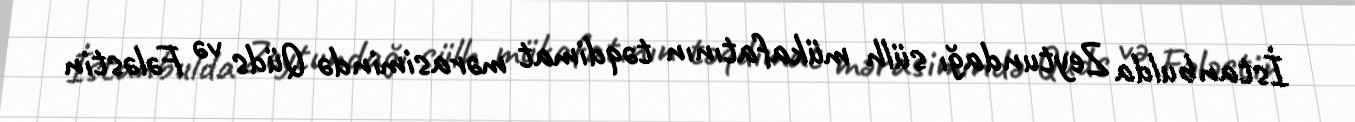
İstanbulda Zeytundağı sülh mükafatının təqdimat mərasimində Qüds və Fələstin